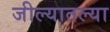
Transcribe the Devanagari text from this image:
जील्यातल्या